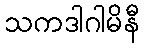
သကဒါဂါမိနီ